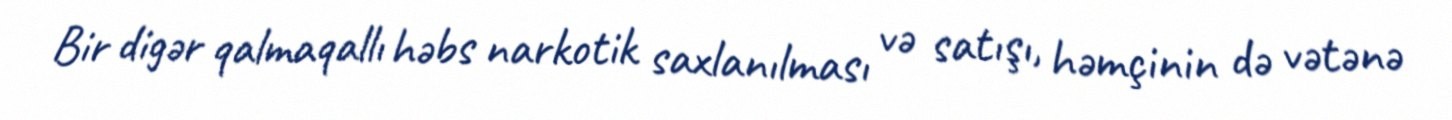
Bir digər qalmaqallı həbs narkotik saxlanılması və satışı, həmçinin də vətənə